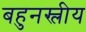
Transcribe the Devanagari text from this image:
बहुनस्लीय